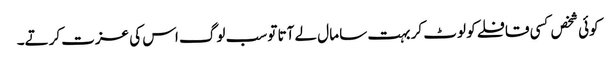
کوئی شخص کسی قافلے کو لوٹ کر بہت سا مال لے آتا تو سب لوگ اس کی عزت کرتے۔